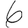
Digit: 6